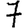
Digit: 7